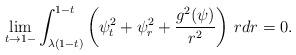
LaTeX: \begin{align*}\lim_{t\to 1-}\int_{\lambda(1-t)}^{1-t}\left(\psi_t^2+\psi_r^2+\frac{g^2(\psi)}{r^2}\right)\,rdr=0.\end{align*}